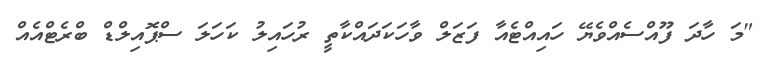
"މަ ހާދަ ފޫއްސެއްވެޔޭ ހައިއްޓެއާ ފަޒަލް ވާހަކަދައްކާތީ ރުހައިލު ކަހަލަ ސްޕޮއިލްޑް ބްރެޓްއެއް